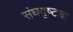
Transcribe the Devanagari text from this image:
संघदृष्ट्या